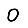
Digit: 0